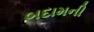
બદામની